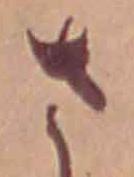
さ